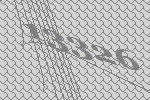
13326